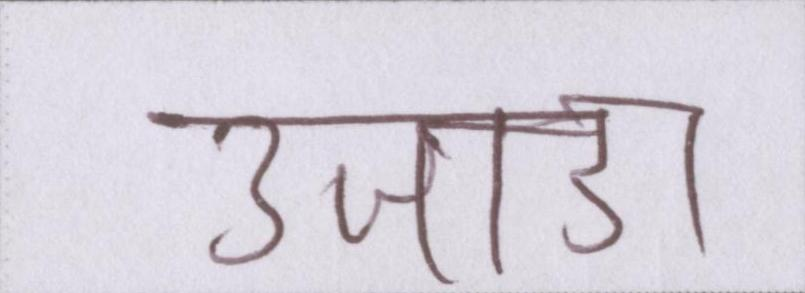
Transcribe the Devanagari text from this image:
उजाडा